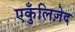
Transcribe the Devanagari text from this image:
एकुँलिज़ेद